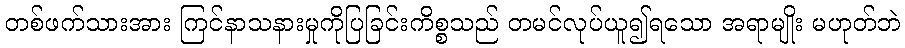
တစ်ဖက်သားအား ကြင်နာသနားမှုကိုပြခြင်းကိစ္စသည် တမင်လုပ်ယူ၍ရသော အရာမျိုး မဟုတ်ဘဲ